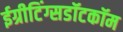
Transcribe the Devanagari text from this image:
ईग्रीटिंग्सडॉटकॉम